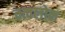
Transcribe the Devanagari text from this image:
तत्वलोक